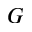
G